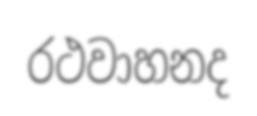
රථවාහනද